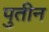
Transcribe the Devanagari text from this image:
पुतीन